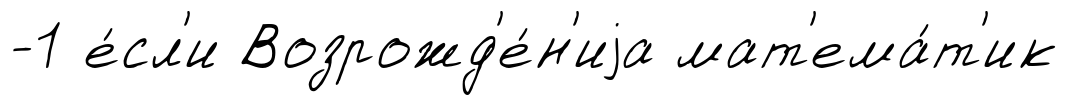
-1 е́сл'и Возрожд'е́н'иjа мат'ема́т'ик